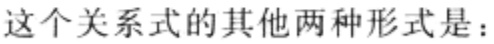
这个关系式的其他两种形式是：